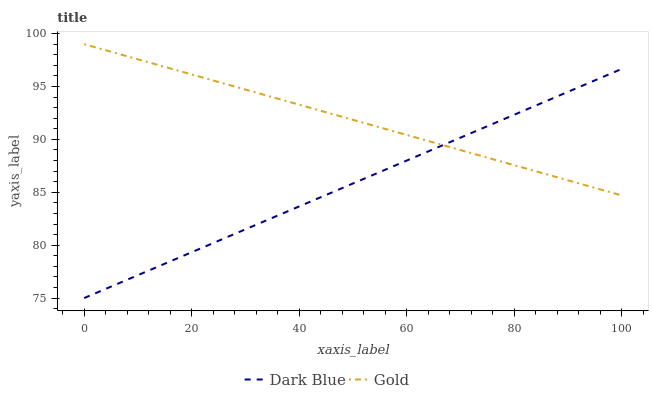
| xaxis_label | Dark Blue | Gold |
 | --- | --- | --- |
 | 0 | 75 | 99 |
 | 5.26 | 76.1 | 98.2 |
 | 10.5 | 77.3 | 97.5 |
 | 15.8 | 78.4 | 96.7 |
 | 21.1 | 79.6 | 96 |
 | 26.3 | 80.7 | 95.2 |
 | 31.6 | 81.8 | 94.5 |
 | 36.8 | 83 | 93.7 |
 | 42.1 | 84.1 | 93 |
 | 47.4 | 85.3 | 92.2 |
 | 52.6 | 86.4 | 91.5 |
 | 57.9 | 87.5 | 90.7 |
 | 63.2 | 88.7 | 90 |
 | 68.4 | 89.8 | 89.2 |
 | 73.7 | 91 | 88.5 |
 | 78.9 | 92.1 | 87.7 |
 | 84.2 | 93.2 | 87 |
 | 89.5 | 94.4 | 86.2 |
 | 94.7 | 95.5 | 85.5 |
 | 100 | 96.7 | 84.7 |